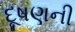
દૂષણની